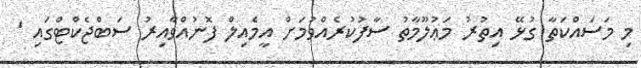
މި މަސައްކަތާ ގުޅޭ އިތުރު މަޢުލޫމާތު ސާފުކުރެއްވުމަށް އީމެއިލް ފޮނުއްވާއިރު ސަބްޖެކްޓްގައި '